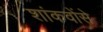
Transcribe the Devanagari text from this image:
शांकवोंसे